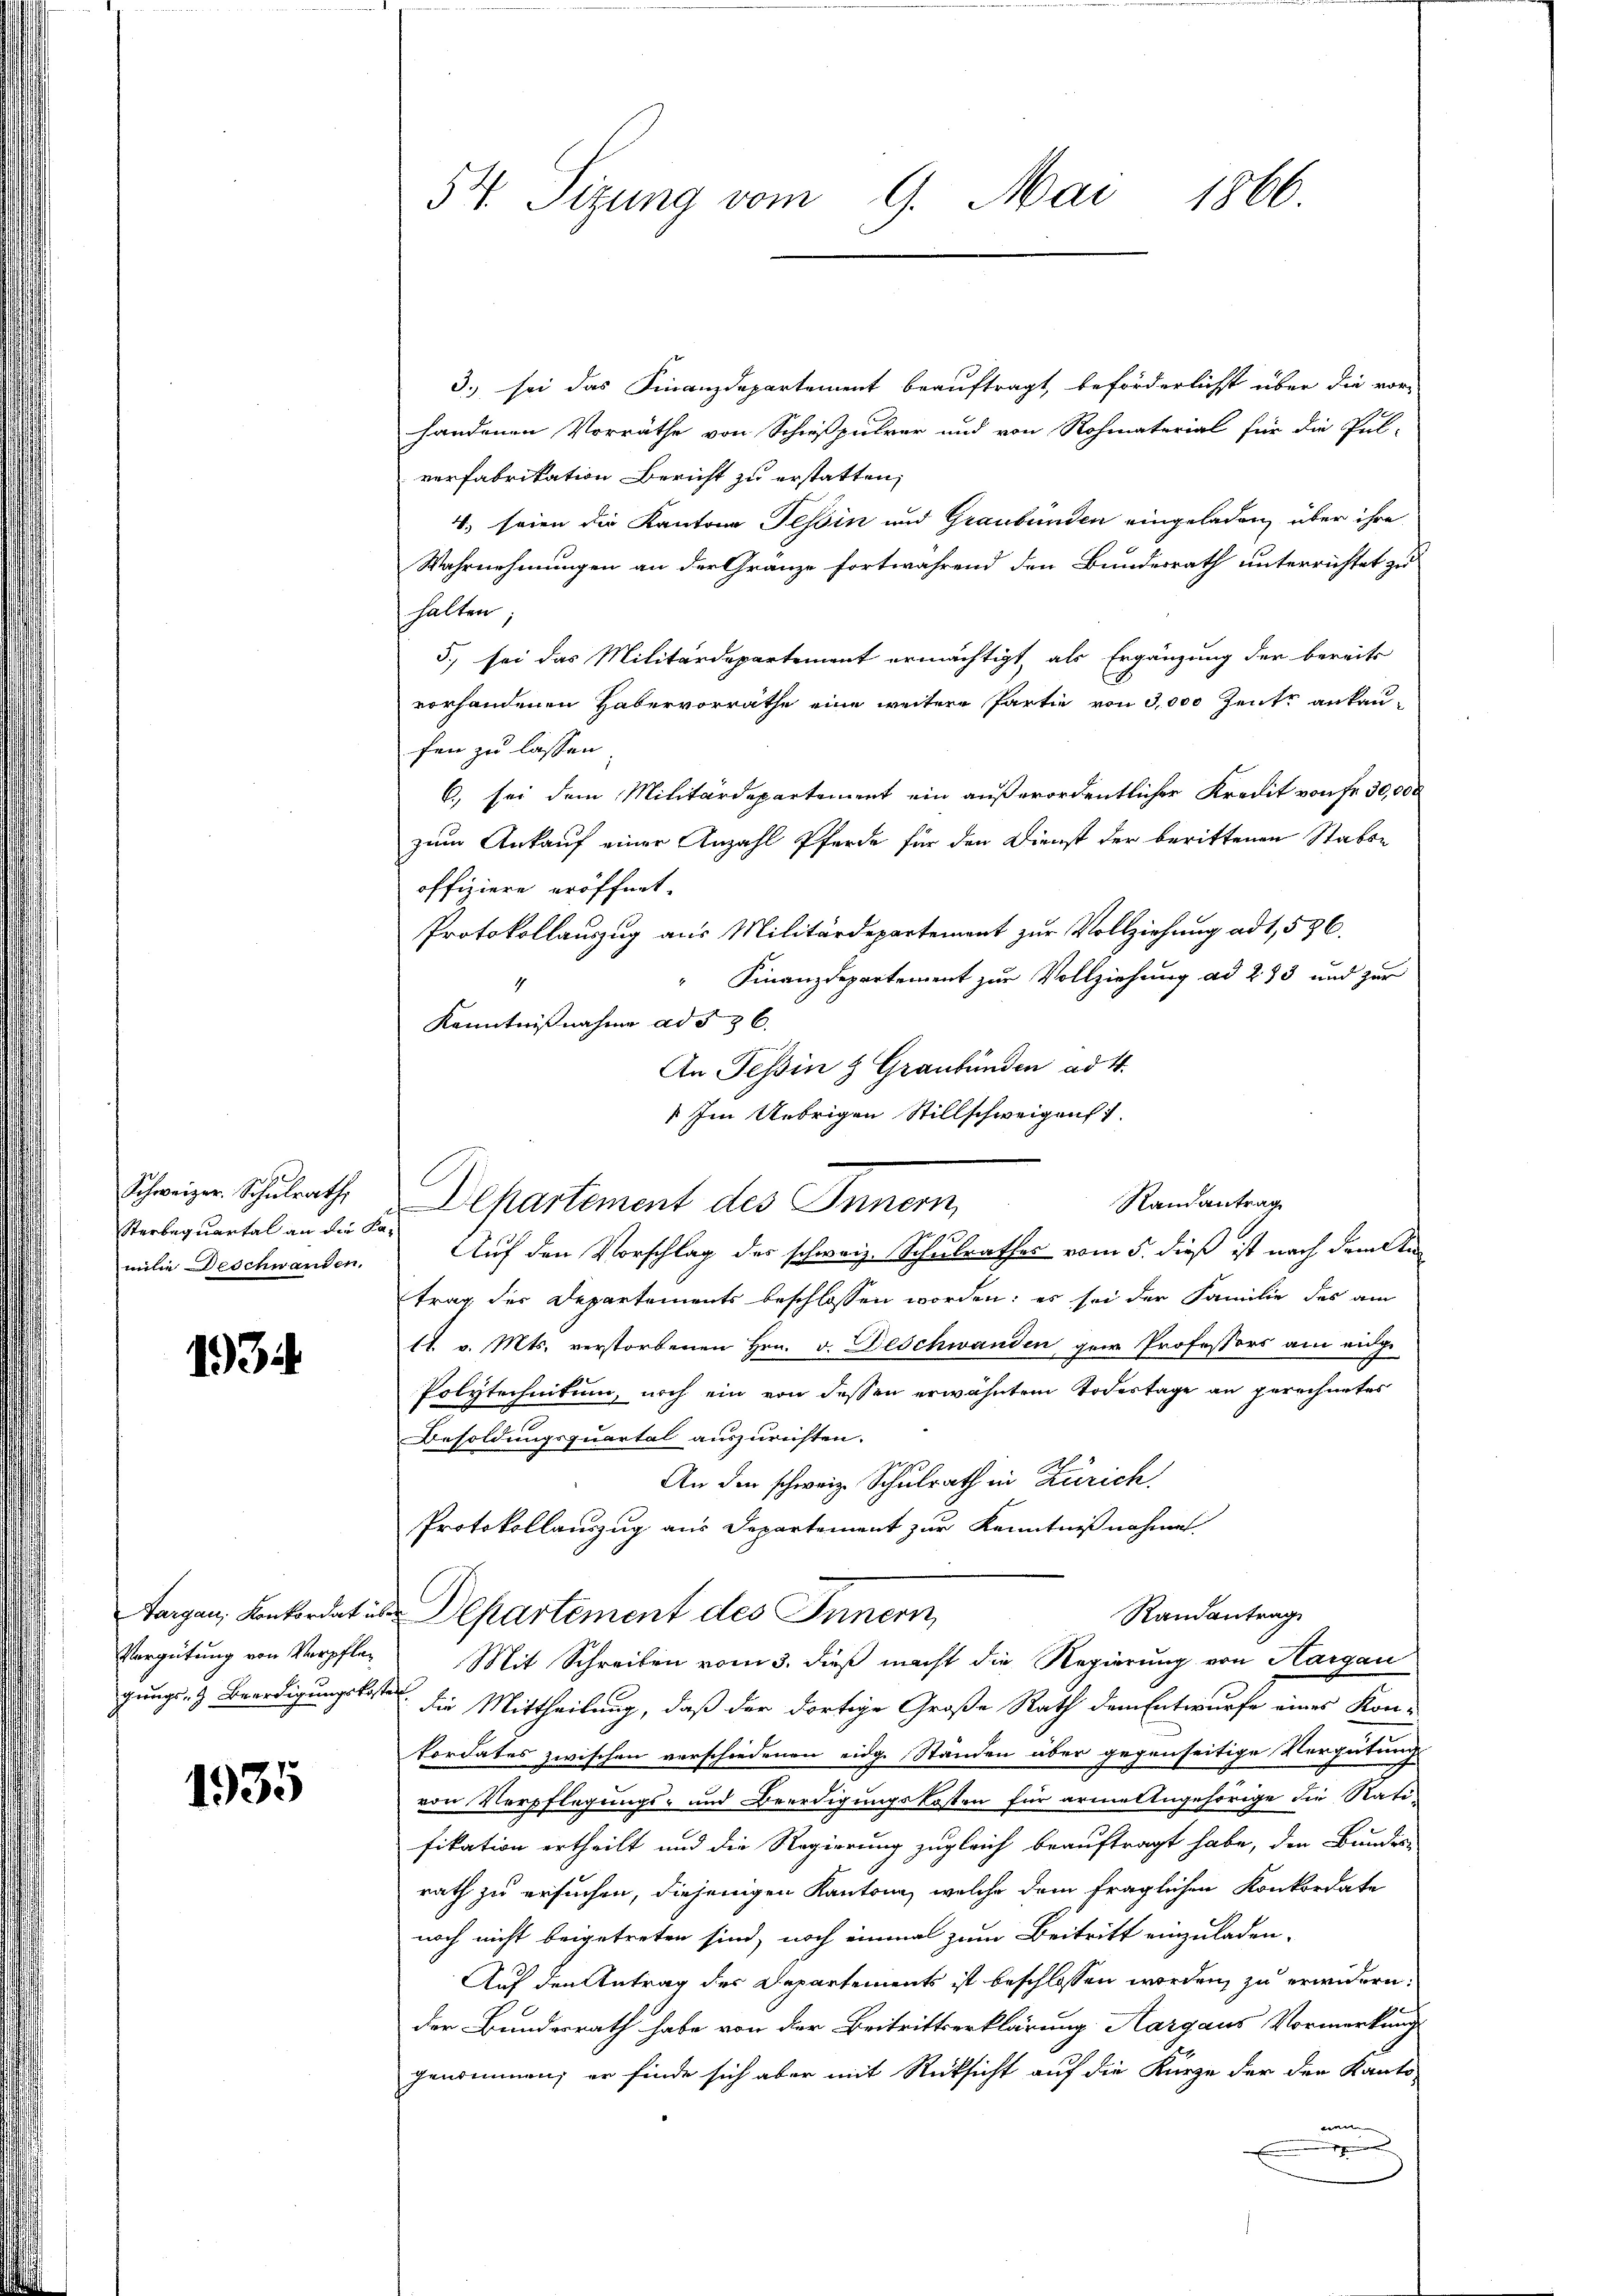
Sterbequartal an die Kamilie Deschwanden.

1934

3.) sei das Finanzdepartement beauftragt, beförderlichst über die vorz
handenen Vorräthe von Schießpulver und von Rohmaterial für die Pul-
verfabrikation Bericht zu erstatten,
4. seien die Kantone Tessin und Graubünden eingeladen, über ihre
Wahrnehmungen an der Gränze fortwährend den Bundesrath unterrichtet zu
halten
5. sei das Militärdepartement ermächtigt, als Ergänzung der bereits
vorhandenen Habervorrathe eine weitere Partie von 3,000 Zentr ankaufen zu lassen.
6) sei dem Militärdepartement ein außerordentlicher Kredit von Fr. 30,000
zum Ankauf einer Anzahl Pferde für den Dienst der berittenen Statte
offiziere eröffnet.
Protokollauszug aus Militärdepartement zur Vollziehung ad 1, 536.
" Finanzdepartement zur Vollziehung ad 273 und zur
4
Kenntnißnahme ad 576.
An Tessin & Graubünden ad 4.
Im Uebrigen Stillschweigens
Schweizer. Schulrathe Departement des Innern
Auf den Vorschlag des schweiz. Schulrathes vom 5. dieß ist nach dem Antrag der Departements beschlossen worden; es sei der Familie des am
11 v. Mts. verstorbenen Hrn. v. Deschwanden ger Professors am eidge-
Polytechnitum, noch ein von dessen erwähntem Todestage an gerechnetes
Besoldungsquartal auszurichten.
An den schweiz. Schulrath in Zürich
Protokollauszug aus Departement zur Kenntnißnahme
targen, Konkordat in Departement des Innern,
Randantrag
Vergütung von Verpflen Mit Schreiben vom 3. dieß macht die Regierung von Hargau
gungs- & Beerdigungskoster. Die Mittheilung, daß der dortige Große Rath dem Entwurfe eines Kon-
kordates zwischen verschiedenen eidg. Ständen über gegenseitige Vergütung
von Verpflegungs- und Beerdigungskosten für arme Angehörige die Ratifikation ertheilt und die Regierung zugleich beauftragt habe, den Bundes-
rath zu ersuchen, diejenigen Kantone, welche dem fraglichen Konkordate
noch nicht beigetreten sind, noch einmal zum Beitritt einzuladen.
Auf den Antrag des Departements ist beschlossen worden, zu erwidern.
der Bundesrath habe von der Beitrittserklärung Aargaus Vormerkung
genommen; er finde sich aber mit Rücksicht auf die Kürze der den Kanto-
n

1935

54. Sizung vom 9. Mai 1866.

Randantrag